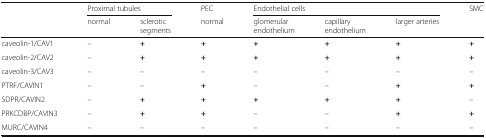
|  | <COLSPAN=2> Proximal tubules | PEC | <COLSPAN=3> Endothelial cells | SMC |
 |  | normal | sclerotic segments | normal | glomerular endothelium | capillary endothelium | larger arteries |  |
 | --- | --- | --- | --- | --- | --- | --- | --- |
 | caveolin-1/CAV1 | – | + | + | + | + | + | + |
 | caveolin-2/CAV2 | – | + | + | + | + | + | + |
 | caveolin-3/CAV3 | – | – | – | – | – | – | – |
 | PTRF/CAVIN1 | – | – | + | – | – | + | + |
 | SDPR/CAVIN2 | – | + | + | + | + | + | – |
 | PRKCDBP/CAVIN3 | – | + | + | – | – | + | + |
 | MURC/CAVIN4 | – | – | – | – | – | – | – |